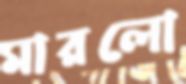
মারলো